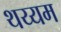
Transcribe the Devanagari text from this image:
थय्यम